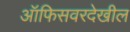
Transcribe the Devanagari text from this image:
ऑफिसवरदेखील